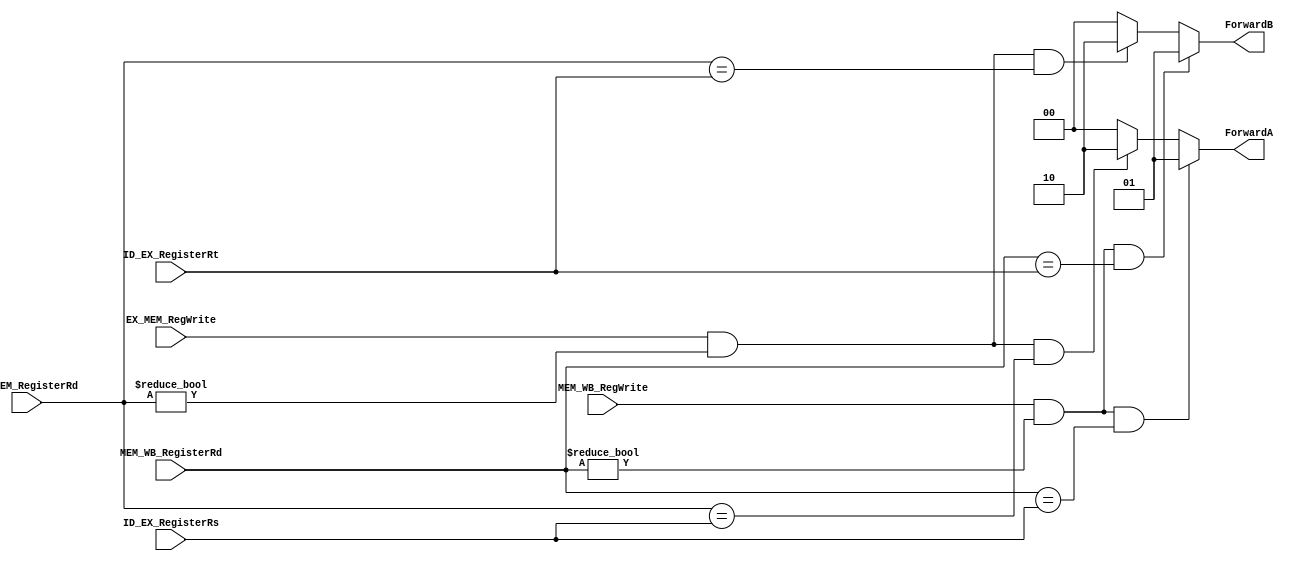
module Forwarding
(
  input EX_MEM_RegWrite,
  input MEM_WB_RegWrite,
  input  [4:0] EX_MEM_RegisterRd,
  input  [4:0] MEM_WB_RegisterRd,
  input  [4:0] ID_EX_RegisterRs,
  input  [4:0] ID_EX_RegisterRt,
  output [1:0] ForwardA,
  output [1:0] ForwardB
);

reg [1:0] Forwarda;
reg [1:0] Forwardb;

assign ForwardA = Forwarda;
assign ForwardB = Forwardb;

always @(*) begin
  Forwarda = 2'b00;
  Forwardb = 2'b00;
  /*  EX Hazard */
  if (EX_MEM_RegWrite &&
      EX_MEM_RegisterRd != 5'b0 &&
      EX_MEM_RegisterRd == ID_EX_RegisterRs)
      Forwarda = 2'b10;
  if (EX_MEM_RegWrite &&
      EX_MEM_RegisterRd != 5'b0 &&
      EX_MEM_RegisterRd == ID_EX_RegisterRt)
      Forwardb = 2'b10;
  /*  Mem Hazard */
  if (MEM_WB_RegWrite &&
      MEM_WB_RegisterRd != 5'b0 &&
      MEM_WB_RegisterRd == ID_EX_RegisterRs)
      Forwarda = 2'b01;
  if (MEM_WB_RegWrite &&
      MEM_WB_RegisterRd != 5'b0 &&
      MEM_WB_RegisterRd == ID_EX_RegisterRt)
      Forwardb = 2'b01;
end

endmodule